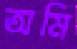
অমি